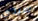
سيدي